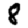
Digit: 8